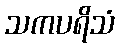
သကပရိသံ